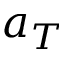
a _ { T }